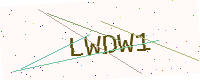
Text: LWDW1